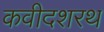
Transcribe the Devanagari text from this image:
कवीदशरथ